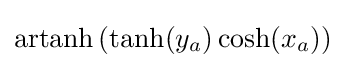
\operatorname {artanh} \left(\tanh(y_{a})\cosh(x_{a})\right)